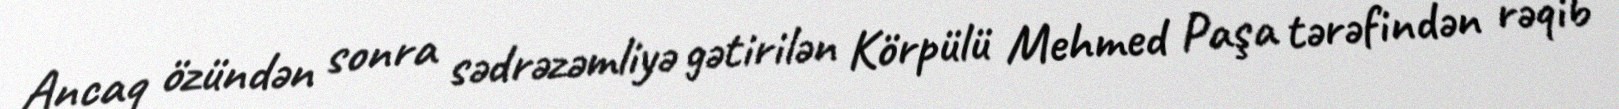
Ancaq özündən sonra sədrəzəmliyə gətirilən Körpülü Mehmed Paşa tərəfindən rəqib